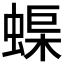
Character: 𮔟